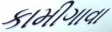
કામીગાવા